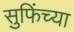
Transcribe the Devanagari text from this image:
सुफिंच्या